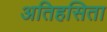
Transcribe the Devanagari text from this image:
अतिहसिता